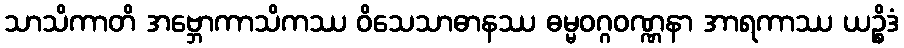
သာသိကာတိ အဗ္ဘောကာသိကဿ ဝိသေသာဓာနဿ ဓမ္မဝဂ္ဂဝဏ္ဏနာ အာရကာဿ ယဉ္စိဒံ